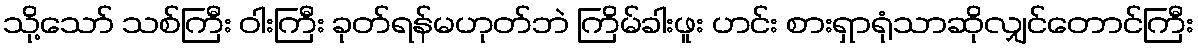
သို့သော် သစ်ကြီး ဝါးကြီး ခုတ်ရန်မဟုတ်ဘဲ ကြိမ်ခါးဖူး ဟင်း စားရှာရုံသာဆိုလျှင်တောင်ကြီး